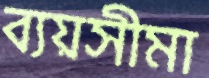
ব্যয়সীমা